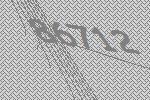
86712